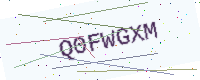
Text: Q0FWGXM